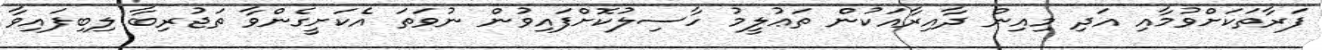
ފަރާތަކަށްވުމާއި އަދި މިއިން ދާއިރާއަކުން ތަޢުލީމު ހާސިލުކޮށްފައިވުން ނުވަތަ އެކަށީގެންވާ ތަޖުރިބާ ލިބިފައިވާ